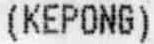
(KEPONG)